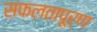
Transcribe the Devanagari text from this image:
सफलतापूर्ण